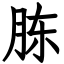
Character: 胨